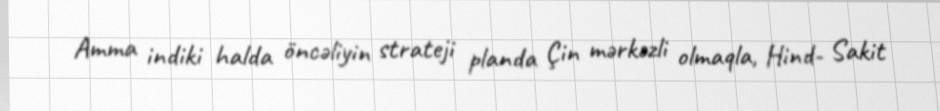
Amma indiki halda öncəliyin strateji planda Çin mərkəzli olmaqla, Hind- Sakit